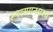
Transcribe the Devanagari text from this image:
रूपरसगन्धाश्च